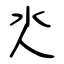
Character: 氼